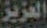
العزيز